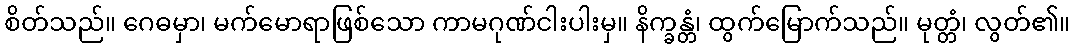
စိတ်သည်။ ဂေဓမှာ၊ မက်မောရာဖြစ်သော ကာမဂုဏ်ငါးပါးမှ။ နိက္ခန္တံ၊ ထွက်မြောက်သည်။ မုတ္တံ၊ လွတ်၏။